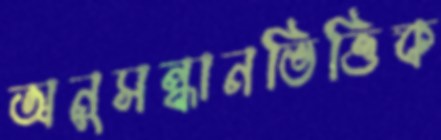
অনুসন্ধানভিত্তিক